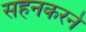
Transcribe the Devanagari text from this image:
सहनकरने